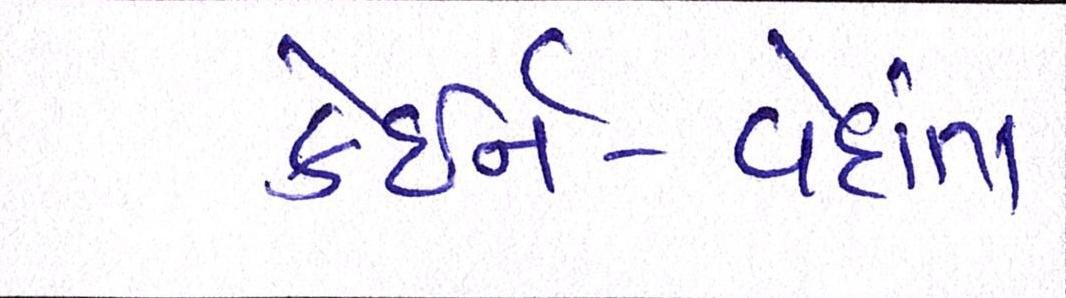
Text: કેઇર્ન-વેદાંતા